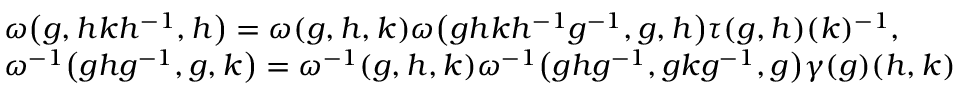
\begin{array} { r l } & { \omega \big ( g , h k h ^ { - 1 } , h \big ) = \omega ( g , h , k ) \omega \big ( g h k h ^ { - 1 } g ^ { - 1 } , g , h \big ) \tau ( g , h ) ( k ) ^ { - 1 } , } \\ & { \omega ^ { - 1 } \big ( g h g ^ { - 1 } , g , k \big ) = \omega ^ { - 1 } ( g , h , k ) \omega ^ { - 1 } \big ( g h g ^ { - 1 } , g k g ^ { - 1 } , g \big ) \gamma ( g ) ( h , k ) } \end{array}